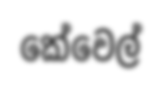
කේවෙල්